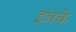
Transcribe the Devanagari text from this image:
इत्रके